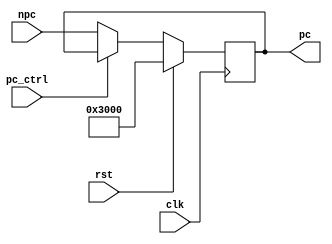

module pc(pc_ctrl,clk,rst,npc,pc);
	input clk;
	input rst;
	input pc_ctrl;
	input [31:0]npc;
	output reg[31:0]pc;
	always @(negedge clk)
	begin
		if(rst)
		begin	//pc00003000
			pc=32'h00003000;
		end
		else if(pc_ctrl)	//
		;
		else
		begin
			pc=npc;	//pcnpcpc+4
		end
	end
endmodule